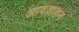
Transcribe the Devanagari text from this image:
आववाहन